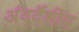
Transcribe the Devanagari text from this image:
अंदर्देशीय